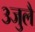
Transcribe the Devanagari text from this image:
३जुलै